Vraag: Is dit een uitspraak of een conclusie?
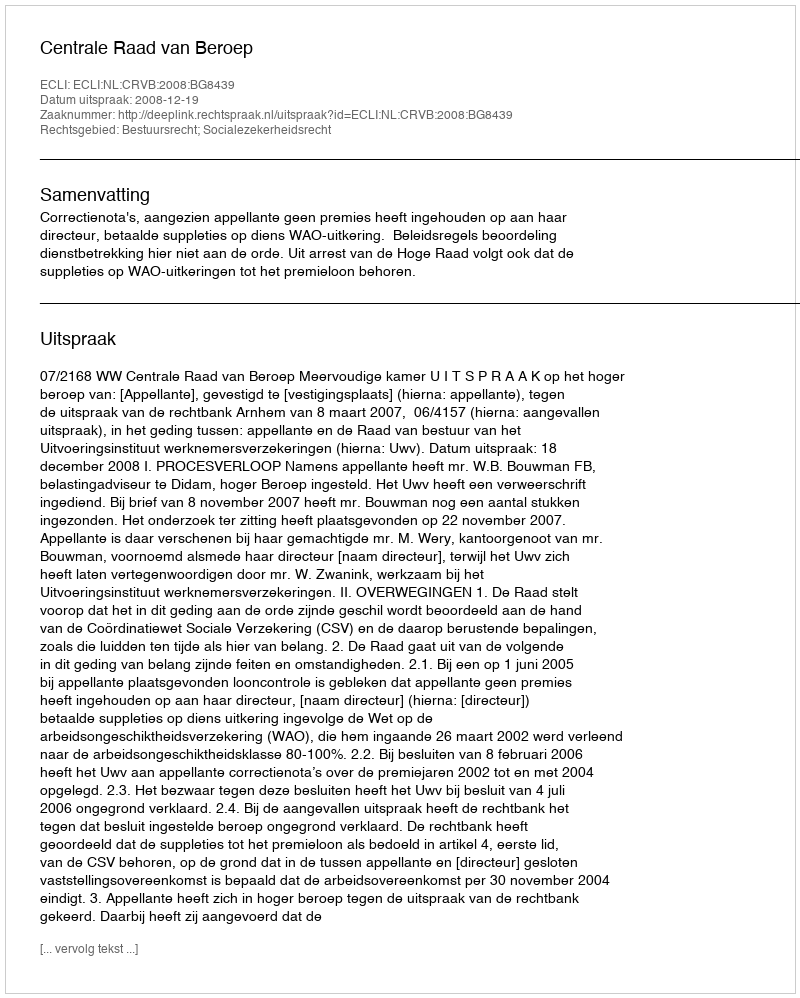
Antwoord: Uitspraak